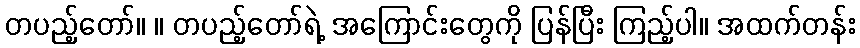
တပည့်တော်။ ။ တပည့်တော်ရဲ့ အကြောင်းတွေကို ပြန်ပြီး ကြည့်ပါ။ အထက်တန်း